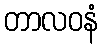
တာလဝနံ